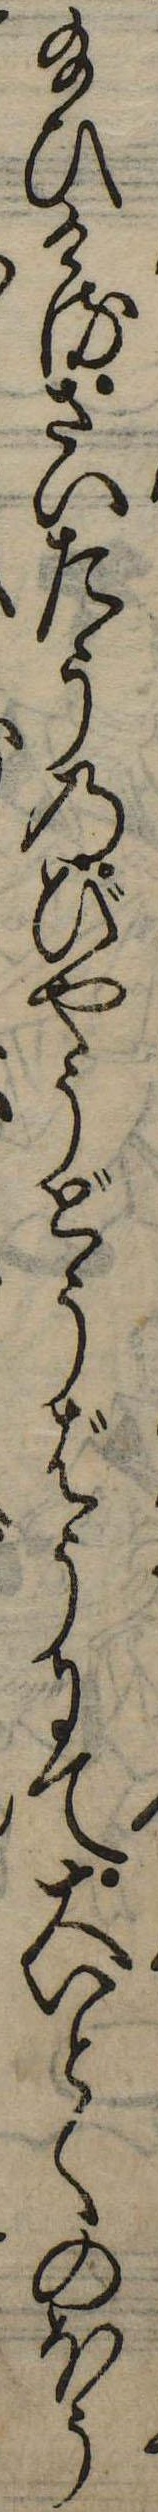
給ひけるさいたうのびやうどうばうにて大いとくのほう